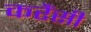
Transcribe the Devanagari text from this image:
करैंसी